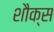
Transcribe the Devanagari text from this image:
शौक्स